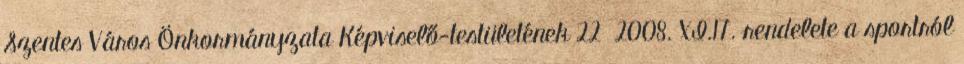
Szentes Város Önkormányzata Képviselő-testületének 22 2008. XI.17. rendelete a sportról